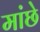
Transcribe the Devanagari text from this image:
मांछे